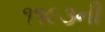
૧૧૯૩ની